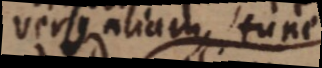
verse aliam, tunc